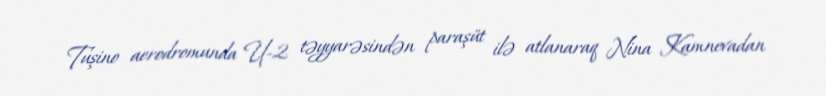
Tuşino aerodromunda U-2 təyyarəsindən paraşüt ilə atlanaraq Nina Kamnevadan